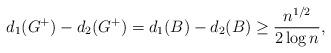
LaTeX: \begin{align*}d_1(G^+) - d_2(G^+) = d_1(B) - d_2(B) \ge \frac{n^{1/2}}{2\log n},\end{align*}